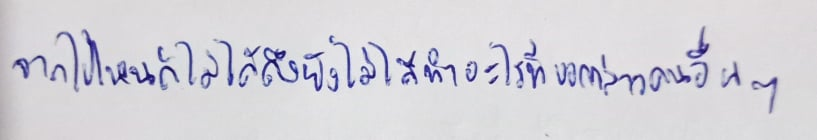
จากไปไหนก็ไม่ได้ถึงยังไม่ได้ทำอะไรที่บอกกล่าวคนอื่นๆ